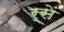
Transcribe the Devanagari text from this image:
र्सें